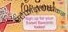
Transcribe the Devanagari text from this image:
स्टैफाइलोकॉकस